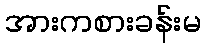
အားကစားခန်းမ